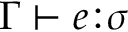
\Gamma \vdash e \! : \! \sigma